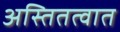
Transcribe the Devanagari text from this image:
अस्तितत्वात